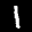
Label: 1